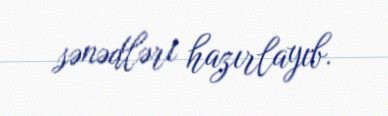
sənədləri hazırlayıb.